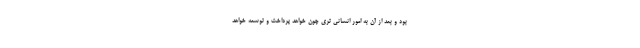
بود و بعد از آن به امور انسانی تری چون خواهد پرداخت و توسعه خواهد